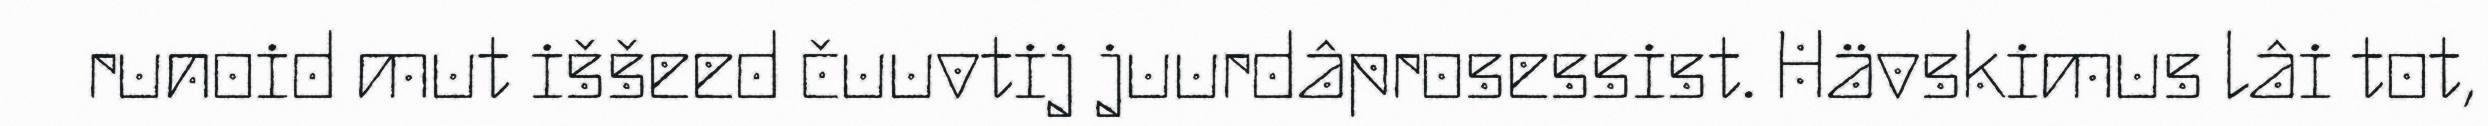
runoid mut iššeed čuuvtij juurdâprosessist. Hävskimus lâi tot,